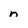
Character: n